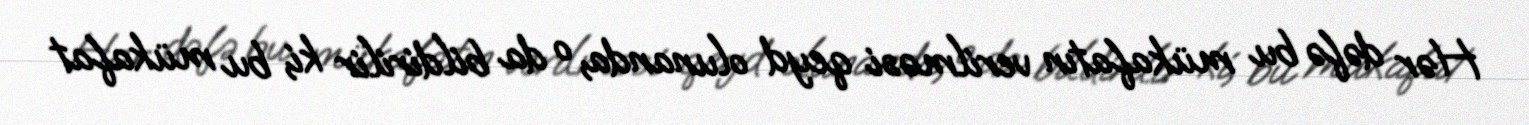
Hər dəfə bu mükafatın verilməsi qeyd olunanda, o da bildirilir ki, bu mükafat